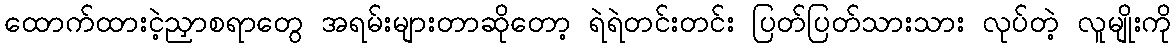
ထောက်ထားငဲ့ညှာစရာတွေ အရမ်းများတာဆိုတော့ ရဲရဲတင်းတင်း ပြတ်ပြတ်သားသား လုပ်တဲ့ လူမျိုးကို